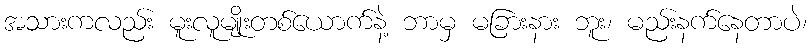
အသားကလည်း မူးလူမျိုးတစ်ယောက်နဲ့ ဘာမှ မခြားနား ဘူး၊ မည်းနက်နေတာပဲ၊